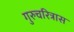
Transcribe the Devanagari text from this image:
गुरुचरित्रास